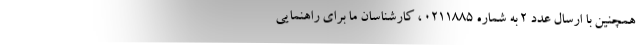
همچنین با ارسال عدد 2 به شماره 0211885 ، کارشناسان ما برای راهنمایی